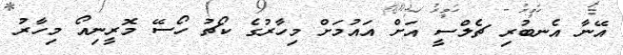
އޭނާ އެނބުރި ޗެލްސީ އަށް އައުމަށް މިހާރުގެ ކޯޗު ހޯސޭ މޮރީނިއޯ މިހާރު